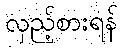
လှည့်စားရန်